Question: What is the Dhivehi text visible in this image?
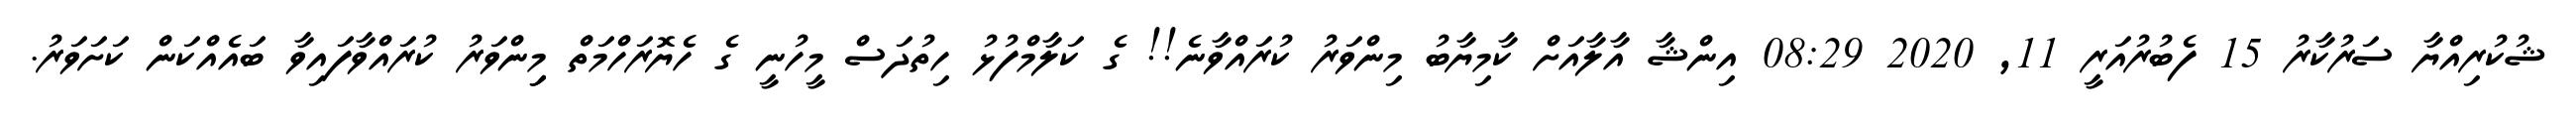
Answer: ޝުކުރިއްޔާ ސަރުކާރު 15 ފެބުރުއަރީ 11, 2020 08:29 އިންޝާ އާލާއަށް ކާމިޔާބު މިންވަރު ކުރައްވާނެ!! ގެ ކަލާމްފުޅު ހިތުދަސް މީހުނީ ގެ ހެޔޮރަހްމަތް މިިންވަރު ކުރައްވާފައިވާ ބައެއްކަން ކަށަވަރު.